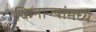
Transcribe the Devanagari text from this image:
किनाऱ्यांमध्ये